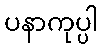
ပနာကုပ္ပါ